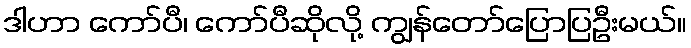
ဒါဟာ ကော်ပီ၊ ကော်ပီဆိုလို့ ကျွန်တော်ပြောပြဦးမယ်။